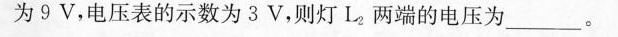
为9V，电压表的示数为3V，则灯L_{2}，两端的电压___。